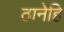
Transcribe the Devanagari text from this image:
ठानेहि